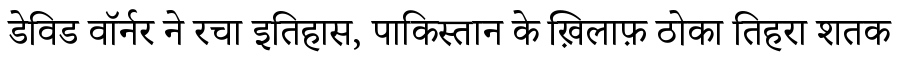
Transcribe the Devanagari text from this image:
डेविड वॉर्नर ने रचा इतिहास, पाकिस्तान के ख़िलाफ़ ठोका तिहरा शतक